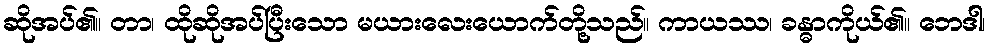
ဆိုအပ်၏။ တာ၊ ထိုဆိုအပ်ပြီးသော မယားလေးယောက်တို့သည်။ ကာယဿ၊ ခန္ဓာကိုယ်၏။ ဘေဒါ၊